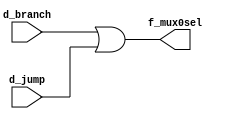
`timescale 1ns / 1ps
//////////////////////////////////////////////////////////////////////////////////
// Company: 
// Engineer: 
// 
// Design Name: 
// Module Name: or0
// Project Name: 
// Target Devices: 
// Tool Versions: 
// Description: 
// 
// Dependencies: 
// 
// Revision:
// Revision 0.01 - File Created
// Additional Comments:
// 
//////////////////////////////////////////////////////////////////////////////////

module or0
/*** PARAMETERS ***/
#(parameter
    // WL
    DATA_WL     = 32
)
/*** IN/OUT ***/
(
    // IN
    input   d_jump,
            d_branch,
    // OUT
    output  f_mux0sel
);

assign f_mux0sel = d_branch | d_jump;

endmodule